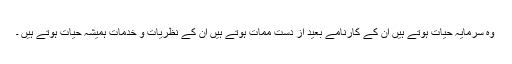
وہ سرمایہِ حیات ہوتے ہیں ان کے کارنامے بعید از دست ممات ہوتے ہیں ان کے نظریات و خدمات ہمیشہ حیات ہوتے ہیں ۔